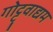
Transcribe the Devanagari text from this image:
गोट्टुवाद्यम